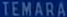
TEMARA